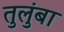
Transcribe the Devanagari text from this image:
तुलुंबा